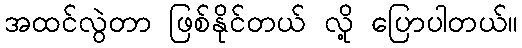
အထင်လွဲတာ ဖြစ်နိုင်တယ် လို့ ပြောပါတယ်။